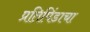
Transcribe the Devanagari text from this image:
प्रतिपिंडाचा